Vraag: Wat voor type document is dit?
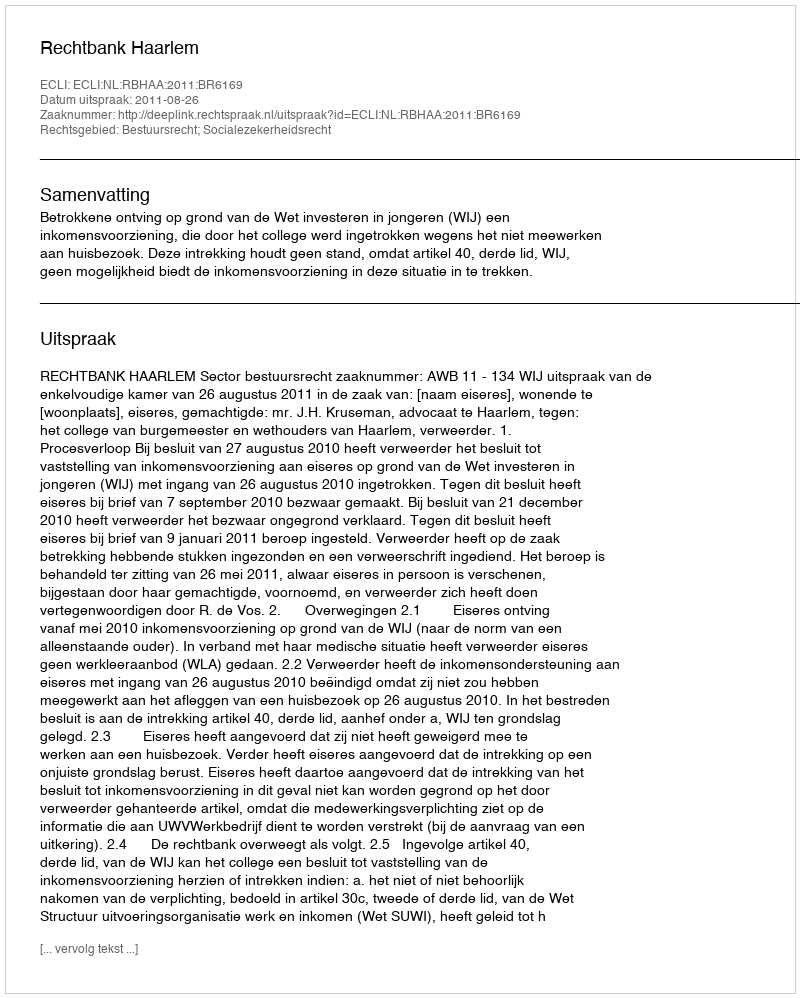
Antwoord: Uitspraak